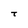
Character: T